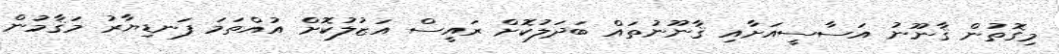
މިގޮތުން ޤާނޫނު އަސާސީއަށާއި ޤާނޫނުތައް ބަދަލުކޮށް ރައީސް އަޒުލުކޮށް އުއްތަމަ ފަނޑިޔާރު މަޤާމުން